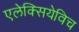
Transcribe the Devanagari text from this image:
एलेक्सियेविच